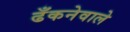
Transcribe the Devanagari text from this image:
ढँकनेवाले